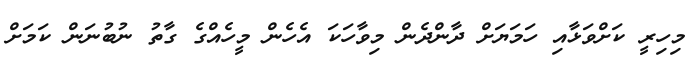
މިހިރީ ކަށްވަޅާއި ހަމަޔަށް ދާންދެން މިވާހަކަ އެހެން މީހެއްގެ ގާތު ނުބުނަން ކަމަށް